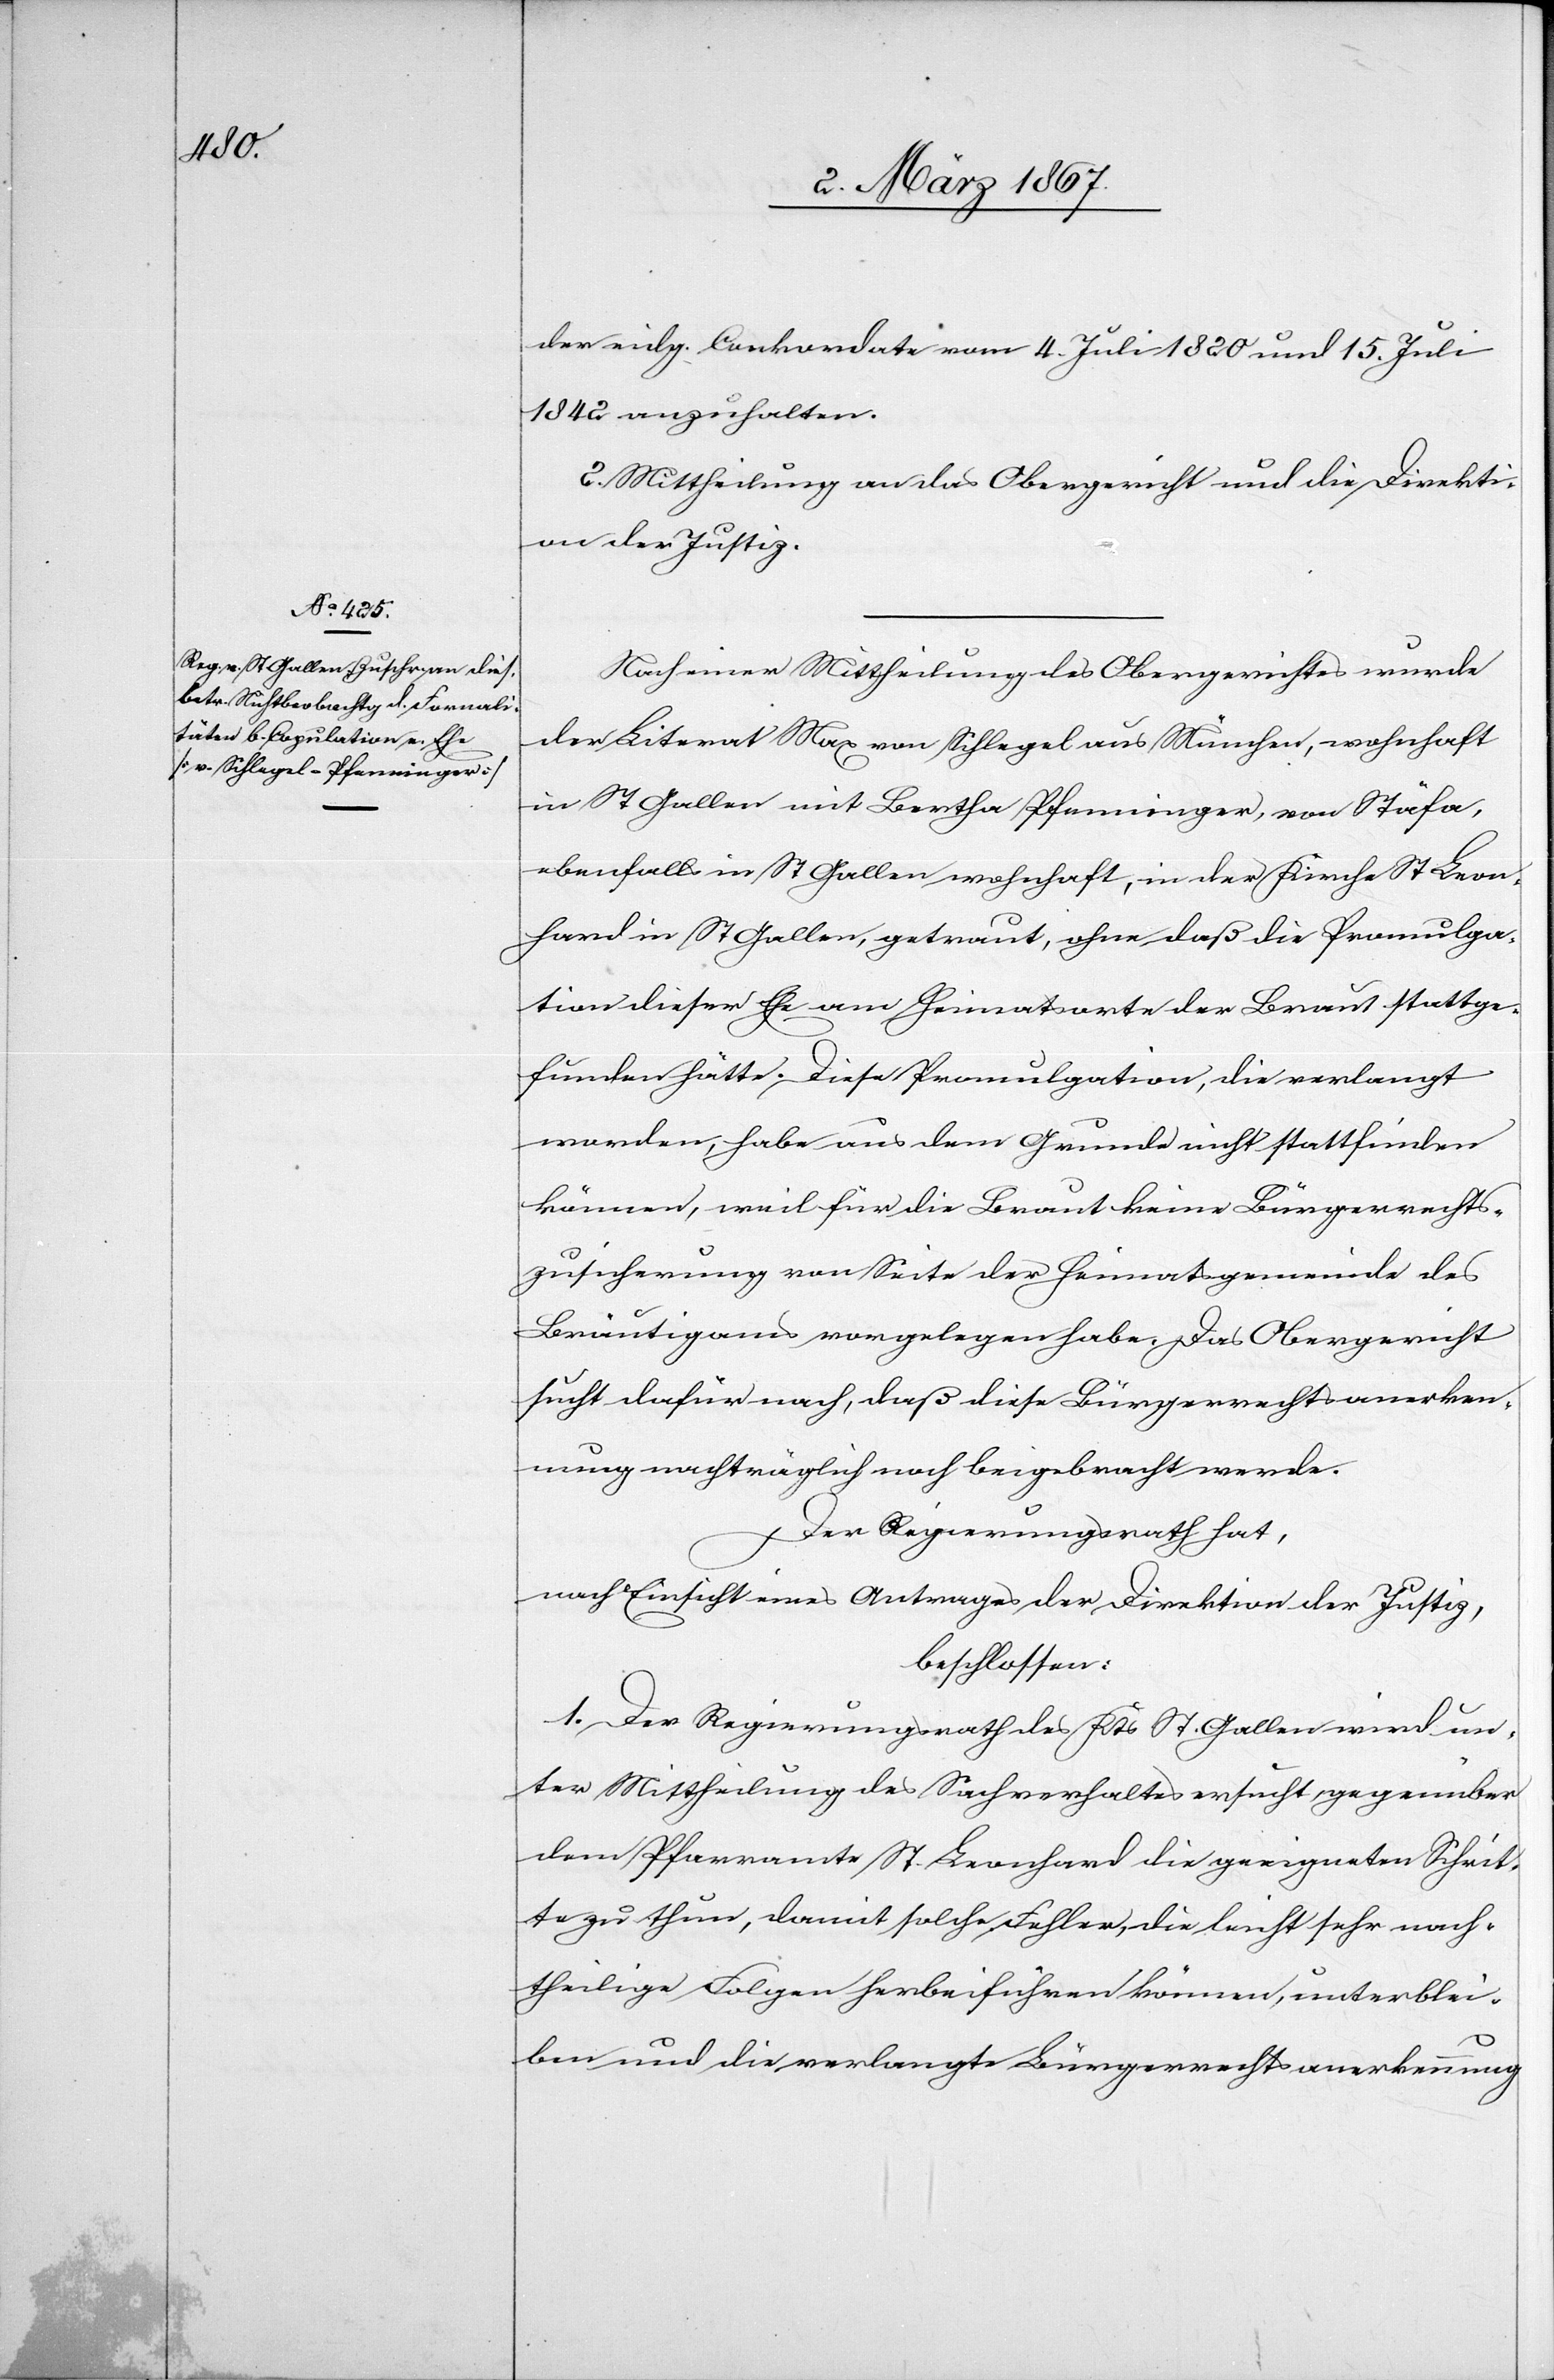
der eidg. Conkordate vom 4. Juli 1820 und 15. Juli
1842 anzuhalten.
2. Mittheilung an das Obergericht und die Direkti¬
on der Justiz.
Nach einer Mittheilung des Obergerichtes wurde
der Literat Max von Schlegel aus München, wohnhaft
in St Gallen mit Bertha Pfenninger, von Stäfa,
ebenfalls in St Gallen wohnhaft, in der Kirche St Leon¬
hard in St Gallen, getraut, ohne daß die Promulga¬
tion dieser Ehe am Heimatsorte der Braut stattge¬
funden hätte. Diese Promulgation, die verlangt
worden, habe aus dem Grunde nicht stattfinden
können, weil für die Braut keine Bürgerrechts¬
zusicherung von Seite der Heimatsgemeinde des
Bräutigams vorgelegen habe. Das Obergericht
sucht dafür nach, daß diese Bürgerrechtsanerken¬
nung nachträglich noch beigebracht werde.
Der Regierungsrath hat,
nach Einsicht eines Antrages der Direktion der Justiz,
beschlossen:
1. Der Regierungsrath des Kantons St. Gallen wird un¬
ter Mittheilung des Sachverhaltes ersucht, gegenüber
dem Pfarramte St. Leonhard die geeigneten Schrit¬
te zu thun, damit solche Fehler, die leicht sehr nach¬
theilige Folgen herbeiführen können, unterblei¬
ben und die verlangte Bürgerrechtsanerkennung